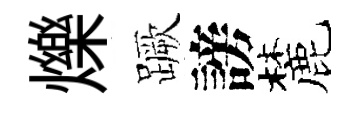
爍蹶謗麓